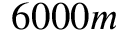
6 0 0 0 m